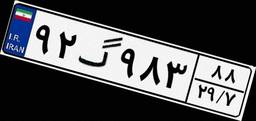
۱۸گ۳۷۱۲۱